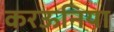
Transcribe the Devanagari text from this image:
करऊनिया